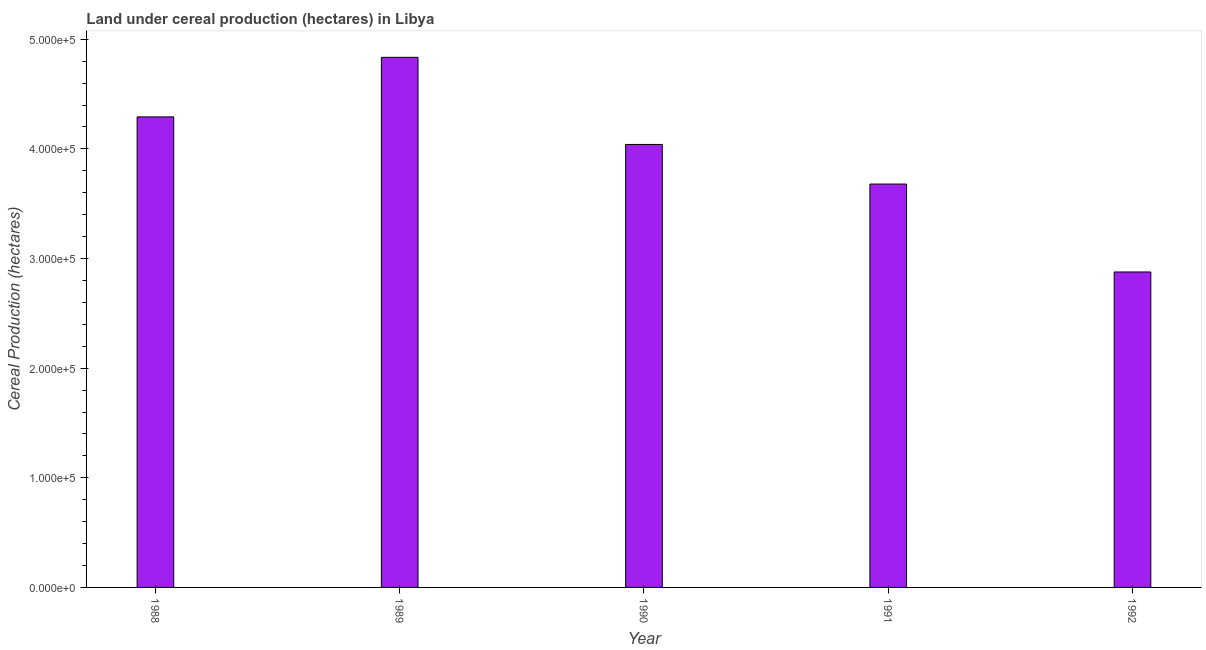
| Year | Land under cereal production (hectares) |
 | --- | --- |
 | 1988 | 4.29e+05 |
 | 1989 | 4.84e+05 |
 | 1990 | 4.04e+05 |
 | 1991 | 3.68e+05 |
 | 1992 | 2.88e+05 |